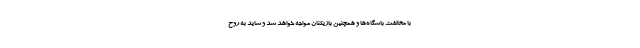
با مخالفت باشگاه‌ها و همچنین بازیکنان مواجه خواهد شد و شاید به روح